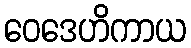
ဝေဒေဟိကာယ